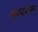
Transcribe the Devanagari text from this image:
आऊटडोअर